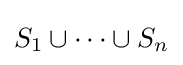
S_{1}\cup \cdots \cup S_{n}